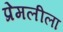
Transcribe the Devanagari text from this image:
प्रेमलीला